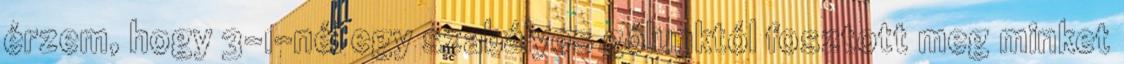
érzem, hogy 3-1-nél egy szabályos gólunktól fosztott meg minket